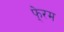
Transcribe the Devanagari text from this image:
फे्रम